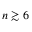
n \gtrsim 6